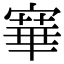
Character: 𡪤